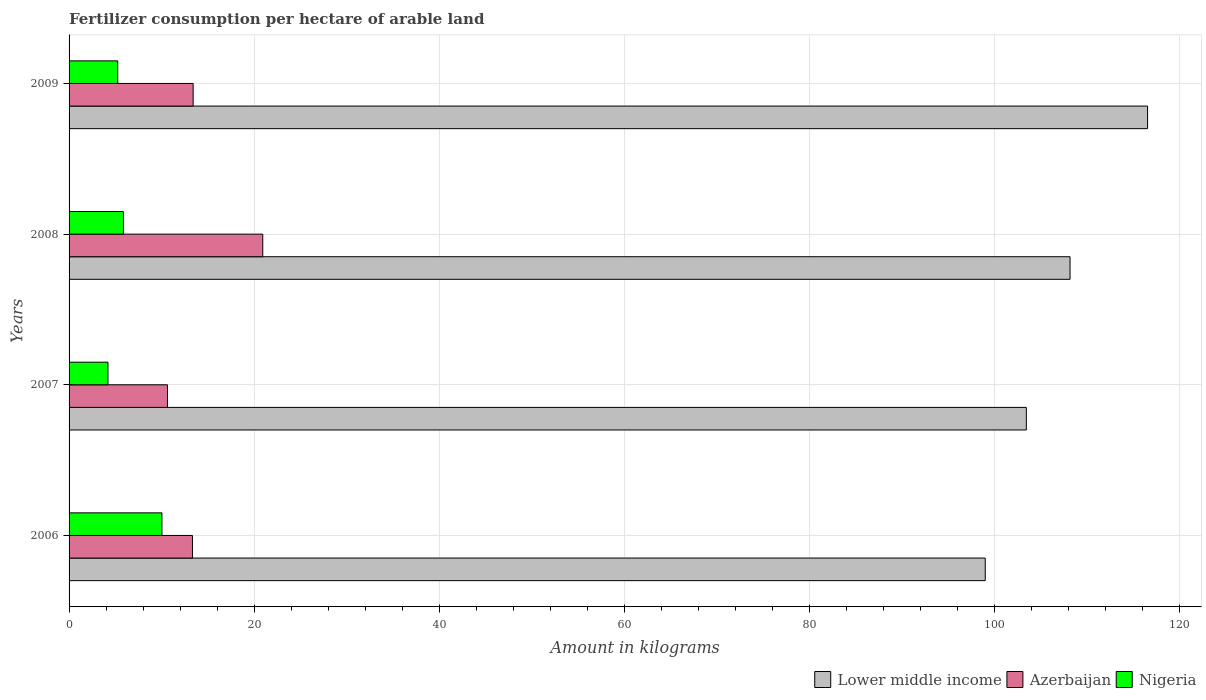
| Years | Lower middle income | Azerbaijan | Nigeria |
 | --- | --- | --- | --- |
 | 2006 | 99 | 13.3 | 10 |
 | 2007 | 103 | 10.6 | 4.21 |
 | 2008 | 108 | 20.9 | 5.88 |
 | 2009 | 117 | 13.4 | 5.26 |